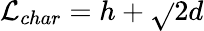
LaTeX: \mathcal{L}_{char}=h+\sqrt{}{{2}}d